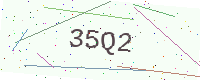
Text: 35Q2